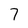
Character: 7